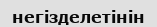
негізделетінін